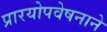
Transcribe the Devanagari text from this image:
प्रारयोपवेषनाने